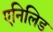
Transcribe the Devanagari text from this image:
एनिलिड